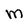
Character: M